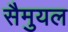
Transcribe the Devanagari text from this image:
सैमुयल